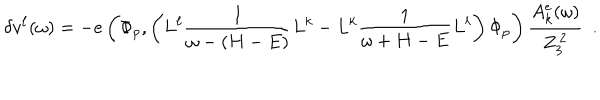
\delta v ^ { \ell } ( \omega ) = - e \left( \Phi _ { p } , \left( L ^ { \ell } { \frac { 1 } { \omega - ( H - E ) } } L ^ { k } - L ^ { k } { \frac { 1 } { \omega + H - E } } L ^ { \ell } \right) \Phi _ { p } \right) { \frac { A _ { k } ^ { e } ( \omega ) } { Z _ { 3 } ^ { \, 2 } } } ~ ~ .